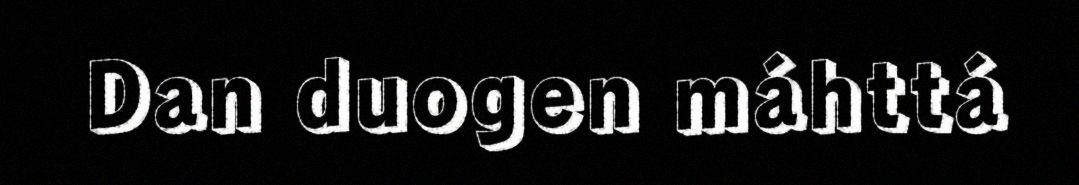
Dan duogen máhttá